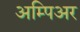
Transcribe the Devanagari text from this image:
अम्पिअर